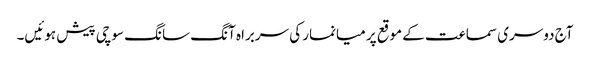
آج دوسری سماعت کے موقع پر میانمار کی سربراہ آنگ سانگ سوچی پیش ہوئیں۔